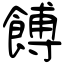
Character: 餺